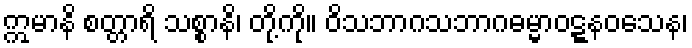
ဣမာနိ စတ္တာရိ သစ္စာနိ၊ တို့ကို။ ဝိသဘာဂသဘာဂဓမ္မာဝဋ္ဋနဝသေန၊